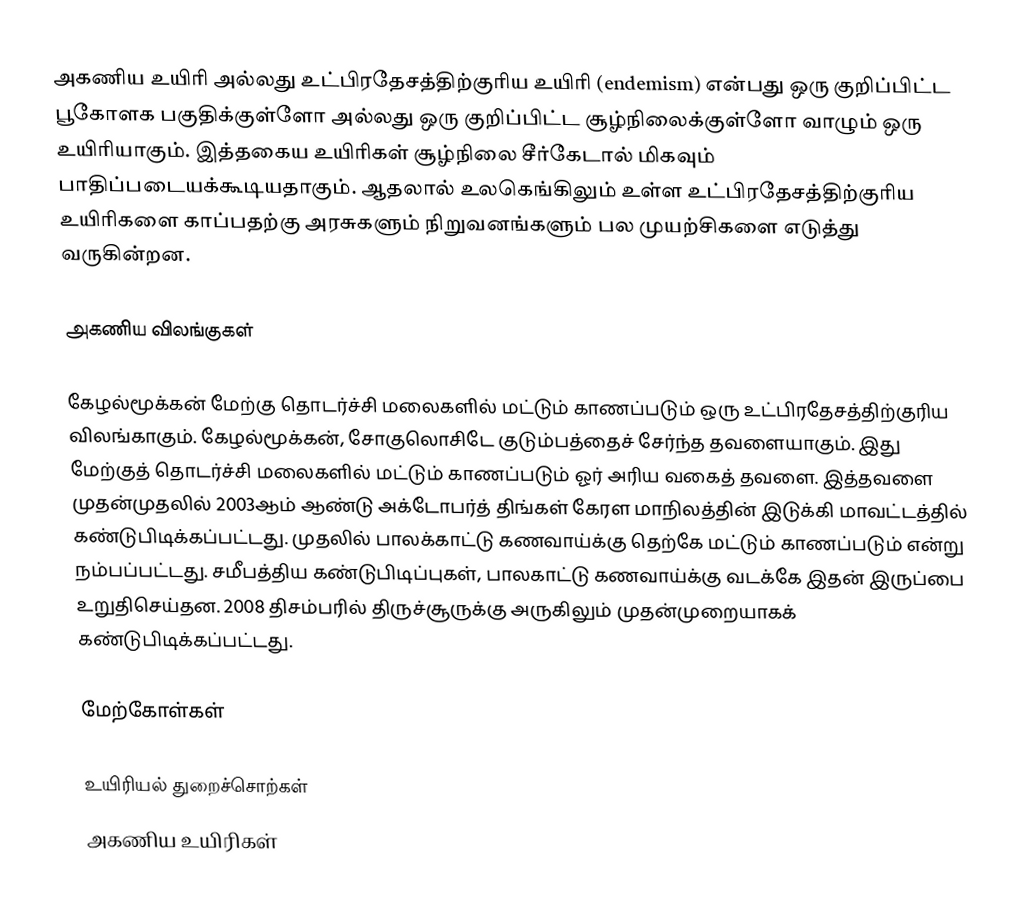
அகணிய உயிரி அல்லது உட்பிரதேசத்திற்குரிய உயிரி (endemism) என்பது ஒரு குறிப்பிட்ட பூகோளக பகுதிக்குள்ளோ அல்லது ஒரு குறிப்பிட்ட சூழ்நிலைக்குள்ளோ வாழும் ஒரு உயிரியாகும். இத்தகைய உயிரிகள் சூழ்நிலை சீர்கேடால் மிகவும் பாதிப்படையக்கூடியதாகும். ஆதலால் உலகெங்கிலும் உள்ள உட்பிரதேசத்திற்குரிய உயிரிகளை காப்பதற்கு அரசுகளும் நிறுவனங்களும் பல முயற்சிகளை எடுத்து வருகின்றன.

அகணிய விலங்குகள்

கேழல்மூக்கன் மேற்கு தொடர்ச்சி மலைகளில் மட்டும் காணப்படும் ஒரு உட்பிரதேசத்திற்குரிய விலங்காகும். கேழல்மூக்கன், சோகுலொசிடே குடும்பத்தைச் சேர்ந்த தவளையாகும். இது மேற்குத் தொடர்ச்சி மலைகளில் மட்டும் காணப்படும் ஓர் அரிய வகைத் தவளை. இத்தவளை முதன்முதலில் 2003ஆம் ஆண்டு அக்டோபர்த் திங்கள் கேரள மாநிலத்தின் இடுக்கி மாவட்டத்தில் கண்டுபிடிக்கப்பட்டது. முதலில் பாலக்காட்டு கணவாய்க்கு தெற்கே மட்டும் காணப்படும் என்று நம்பப்பட்டது. சமீபத்திய கண்டுபிடிப்புகள், பாலகாட்டு கணவாய்க்கு வடக்கே இதன் இருப்பை உறுதிசெய்தன. 2008 திசம்பரில் திருச்சூருக்கு அருகிலும் முதன்முறையாகக் கண்டுபிடிக்கப்பட்டது.

மேற்கோள்கள்

உயிரியல் துறைச்சொற்கள்
அகணிய உயிரிகள்